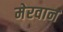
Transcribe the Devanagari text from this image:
मेरवान